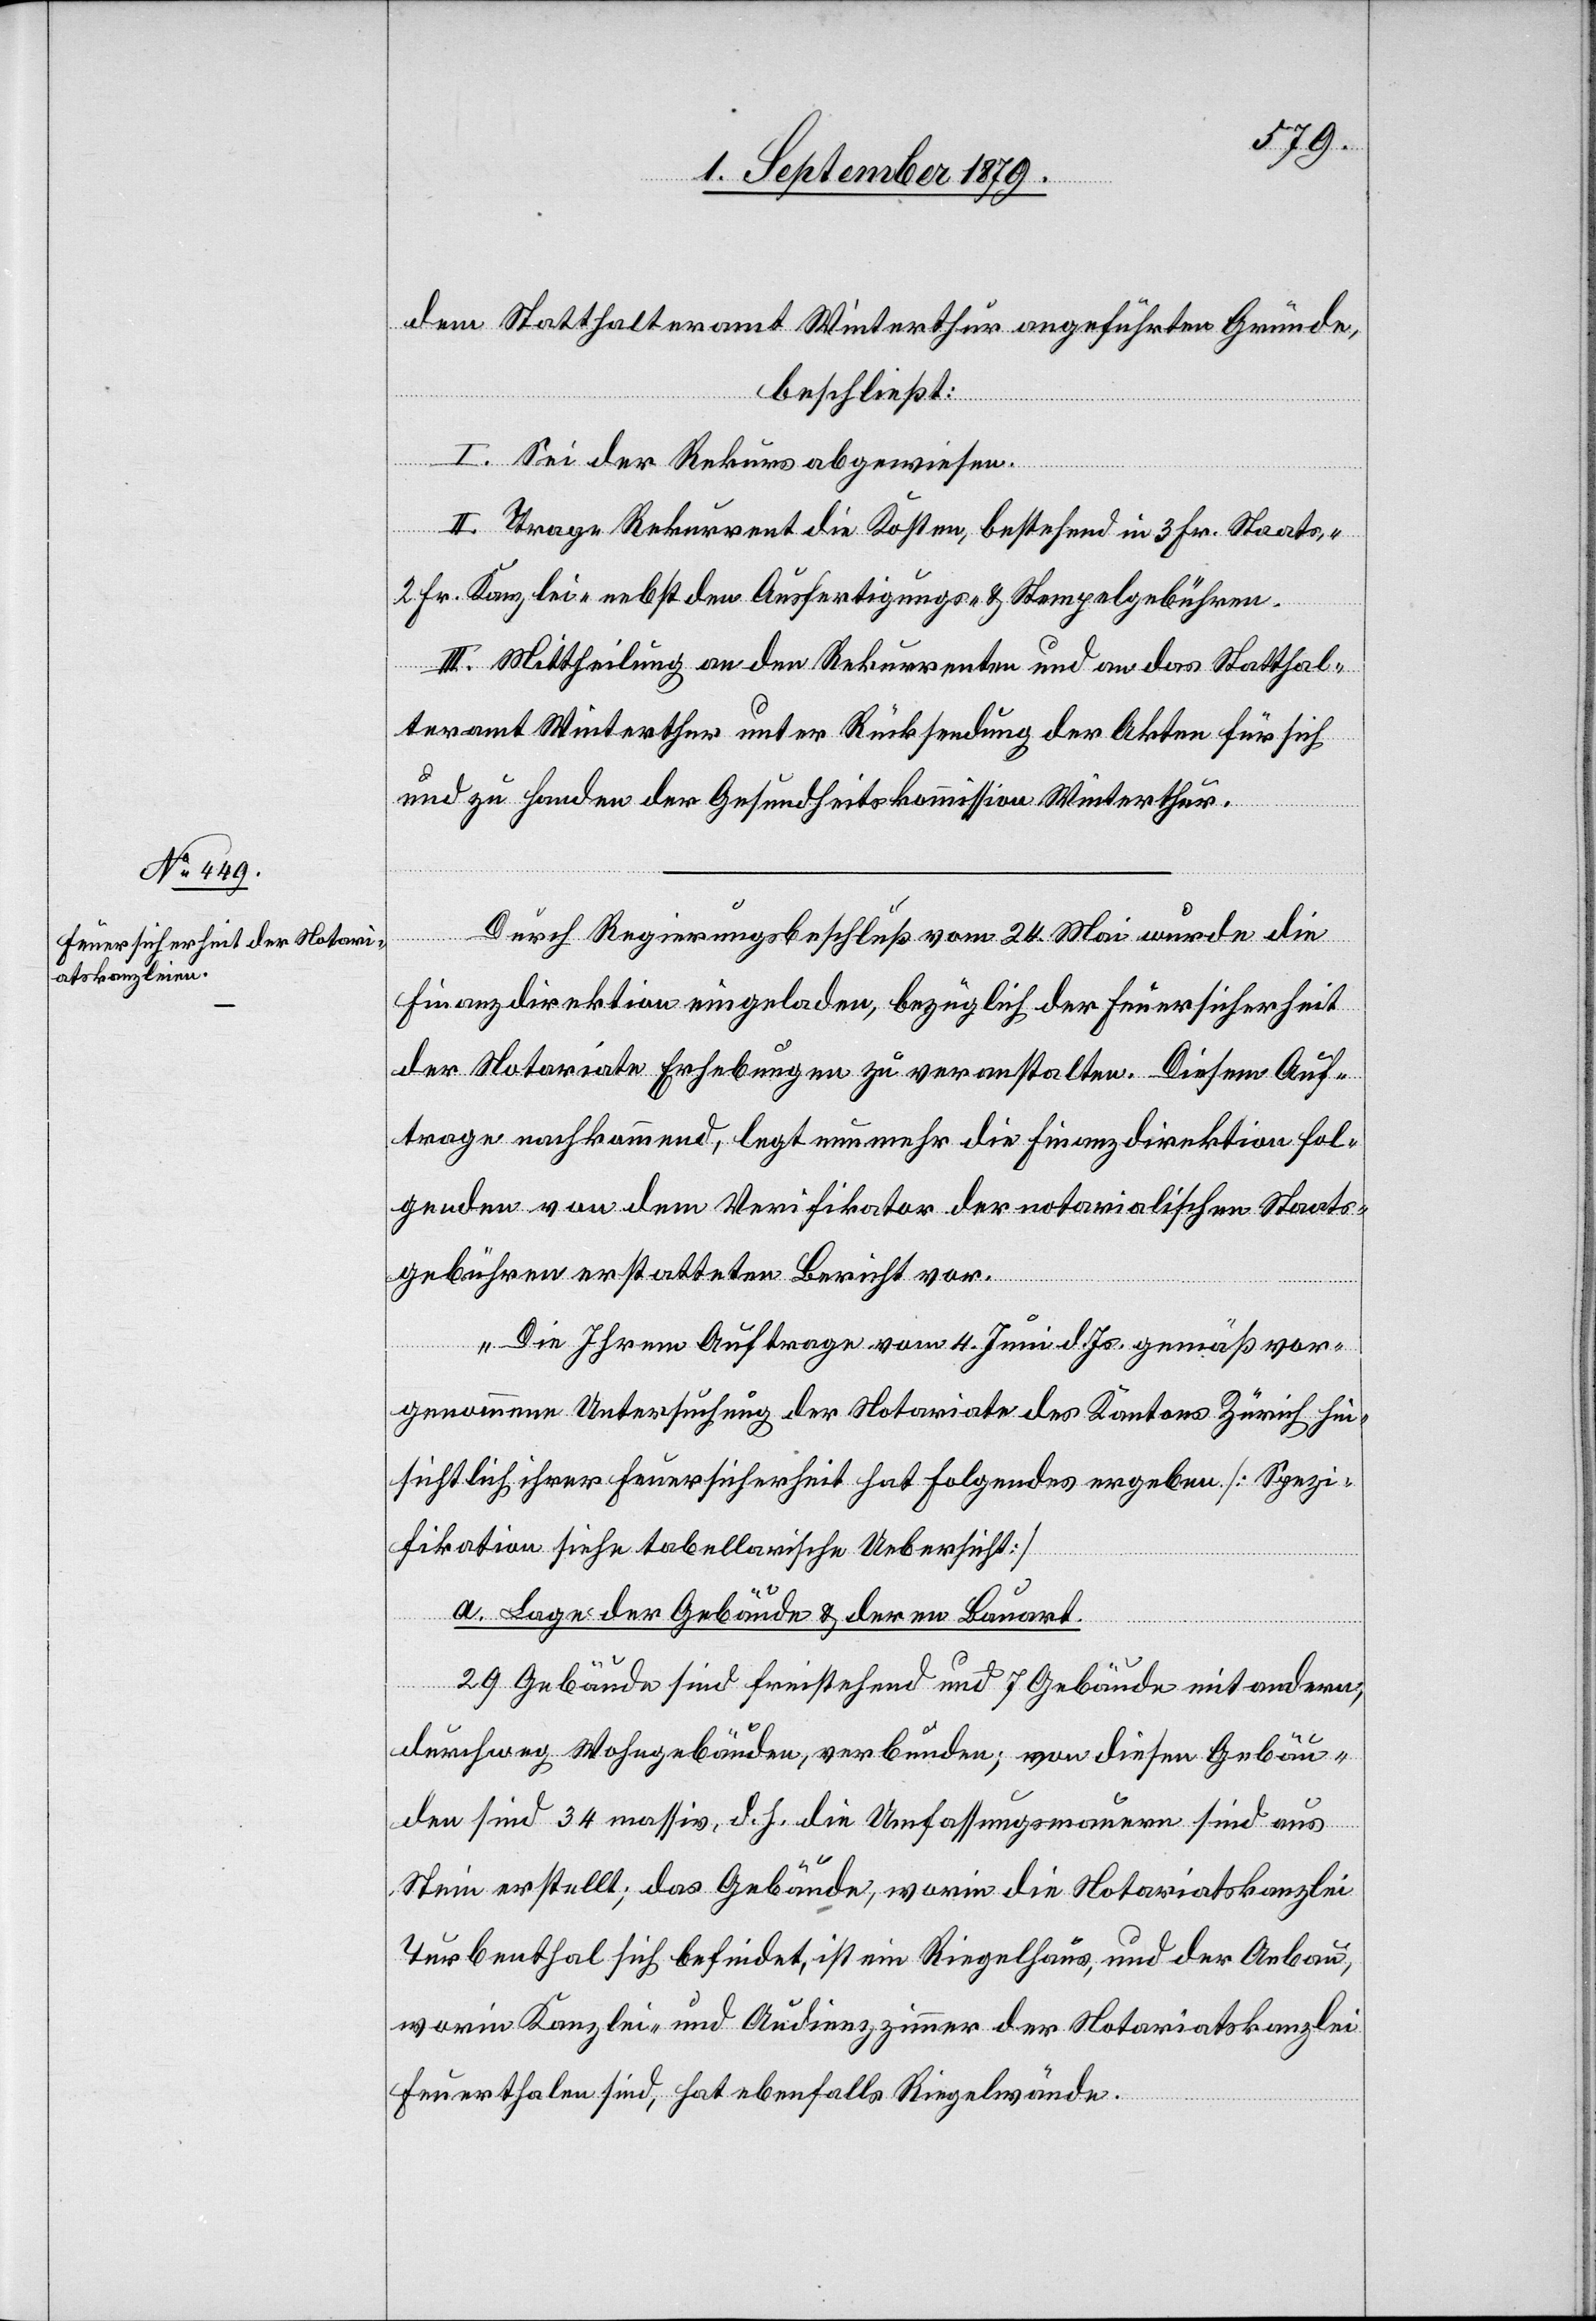
dem Statthalteramt Winterthur angeführten Gründe,
beschließt:
I. Sei der Rekurs abgewiesen.
II. Trage Rekurrent die Kosten, bestehend in 3 Fr. Staats-,
2 Fr. Kanzlei- nebst den Ausfertigungs- und Stempelgebühren.
III. Mittheilung an den Rekurrenten und an das Statthal¬
teramt Winterthur unter Rücksendung der Akten für sich
und zu Handen der Gesundheitskommission Winterthur.
Durch Regierungsbeschluß vom 24. Mai wurde die
Finanzdirektion eingeladen, bezüglich der Feuersicherheit
der Notariate Erhebungen zu veranstalten. Diesem Auf¬
trage nachkommend, legt nunmehr die Finanzdirektion fol¬
genden von dem Verifikator der notarialischen Staats¬
gebühren erstatteten Bericht vor.
„Die Ihrem Auftrage vom 4. Juni d. Js. gemäß vor¬
genommene Untersuchung der Notariate des Kantons Zürich hin¬
sichtlich ihrer Feuersicherheit hat folgendes ergeben [Spezi¬
fikation siehe tabellarische Uebersicht]
a. Lage der Gebäude & deren Bauart.
29 Gebäude sind freistehend und 7 Gebäude mit andern,
durchweg Wohngebäuden, verbunden; von diesen Gebäu¬
den sind 34 massiv, d. h. die Umfassungsmauern sind aus
Stein erstellt; das Gebäude, worin die Notariatskanzlei
Turbenthal sich befindet, ist ein Riegelhaus, und der Anbau,
worin Kanzlei- und Audienzzimmer der Notariatskanzlei
Feuerthalen sind, hat ebenfalls Riegelwände.